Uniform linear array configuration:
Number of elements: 8
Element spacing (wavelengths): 0.5
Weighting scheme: kaiser
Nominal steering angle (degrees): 0
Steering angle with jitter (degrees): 0.1903
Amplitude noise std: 0.05
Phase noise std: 0.05

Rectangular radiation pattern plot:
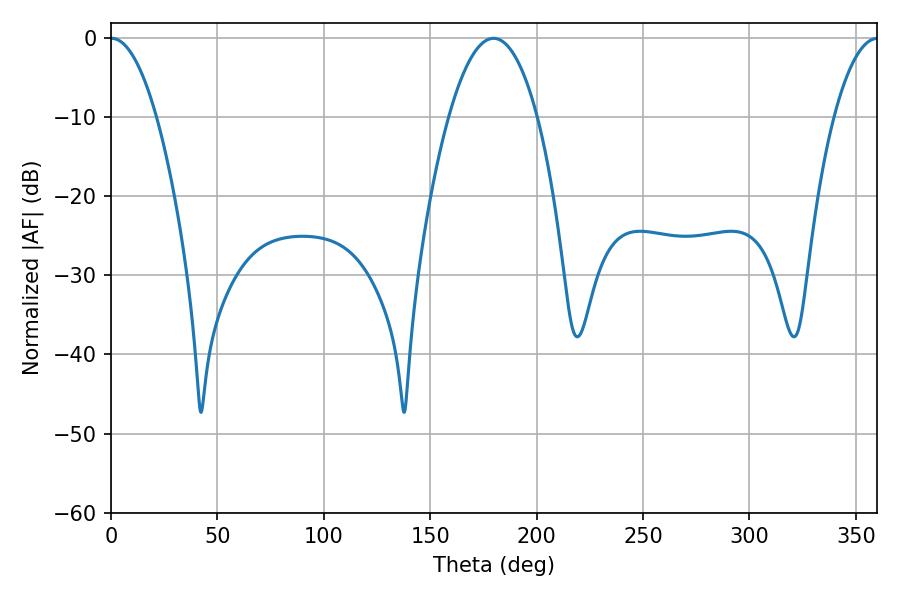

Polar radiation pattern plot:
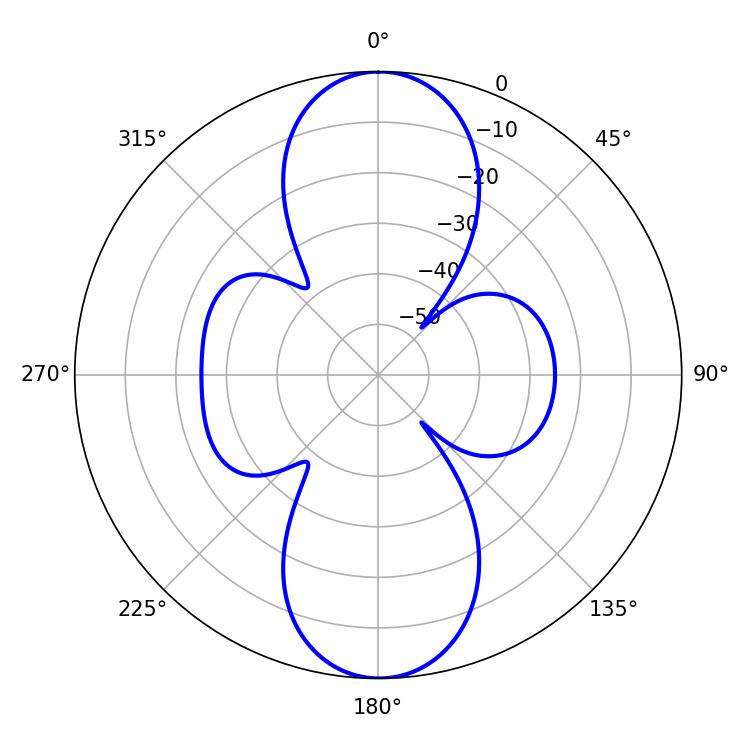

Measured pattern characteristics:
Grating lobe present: FALSE
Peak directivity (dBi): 26.084
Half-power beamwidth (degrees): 11.88
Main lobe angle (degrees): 0.18